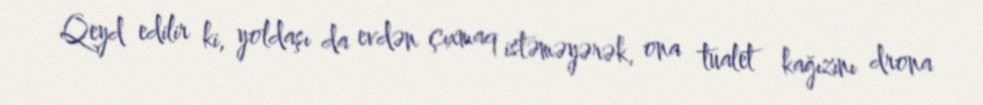
Qeyd edilir ki, yoldaşı da evdən çıxmaq istəməyərək, ona tualet kağızını drona